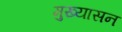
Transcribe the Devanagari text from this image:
मुख्यासन